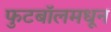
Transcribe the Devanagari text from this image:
फुटबॉलमधून